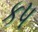
કપ